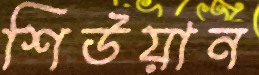
শিউয়ান